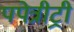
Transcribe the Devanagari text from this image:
पपेत्रीट्री